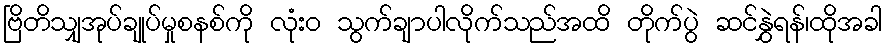
ဗြိတိသျှအုပ်ချုပ်မှုစနစ်ကို လုံးဝ သွက်ချာပါလိုက်သည်အထိ တိုက်ပွဲ ဆင်နွှဲရန်၊ထိုအခါ